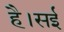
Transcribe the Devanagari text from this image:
है।सई